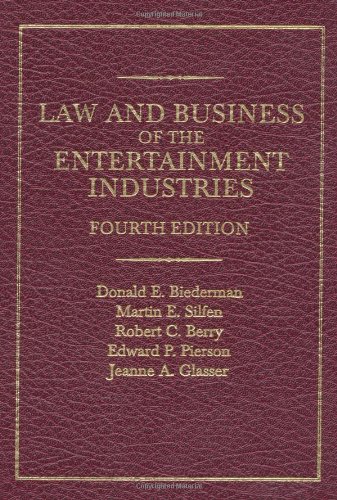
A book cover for Law and Business of the Entertainment Industries: Fourth Edition; Donald E. Biederman; Law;